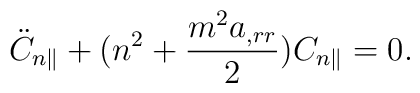
\ddot{C}_{n\parallel}+(n^2+\frac{m^2 a_{,rr}}{2})C_{n\parallel}=0.